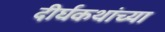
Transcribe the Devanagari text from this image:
दीर्घकथांच्या